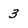
Character: 3